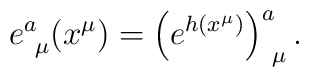
e^a_{~\mu}(x^\mu)=\left( e^{h(x^\mu)}\right)^a_{~\mu}.